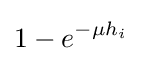
1-e^{-\mu h_{i}}